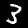
Label: 3